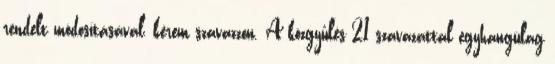
rendelt módosításával, kérem szavazzon. A közgyűlés 21 szavazattal egyhangúlag